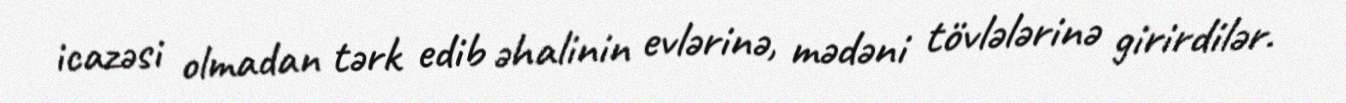
icazəsi olmadan tərk edib əhalinin evlərinə, mədəni tövlələrinə girirdilər.